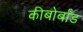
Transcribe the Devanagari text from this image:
कीबोर्बांड